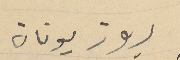
روز يونان